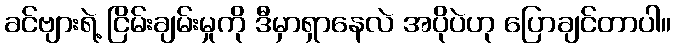
ခင်ဗျားရဲ့ ငြိမ်းချမ်းမှုကို ဒီမှာရှာနေလဲ အပိုပဲဟု ပြောချင်တာပါ။